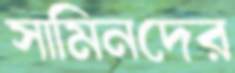
সামিনদের